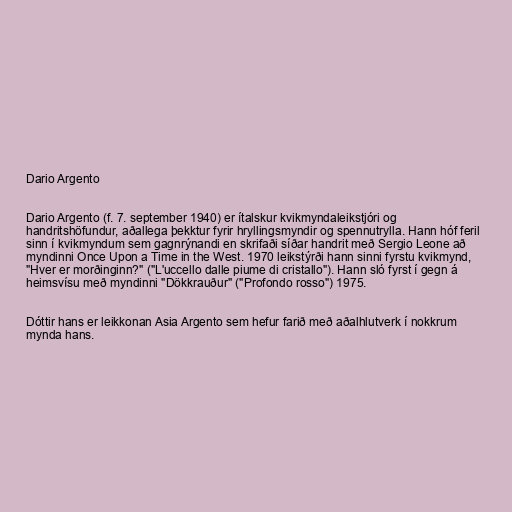
Dario Argento

Dario Argento (f. 7. september 1940) er ítalskur kvikmyndaleikstjóri og
handritshöfundur, aðallega þekktur fyrir hryllingsmyndir og spennutrylla. Hann hóf feril
sinn í kvikmyndum sem gagnrýnandi en skrifaði síðar handrit með Sergio Leone að
myndinni Once Upon a Time in the West. 1970 leikstýrði hann sinni fyrstu kvikmynd,
"Hver er morðinginn?" ("L'uccello dalle piume di cristallo"). Hann sló fyrst í gegn á
heimsvísu með myndinni "Dökkrauður" ("Profondo rosso") 1975.

Dóttir hans er leikkonan Asia Argento sem hefur farið með aðalhlutverk í nokkrum
mynda hans.